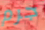
جرم